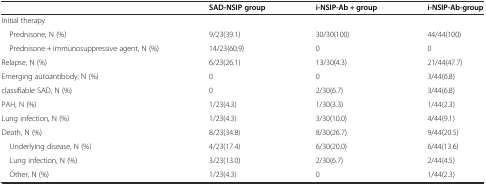
<table><thead><tr><td></td><td><b>SAD-NSIP group</b></td><td><b>i-NSIP-Ab + group</b></td><td><b>i-NSIP-Ab-group</b></td></tr></thead><tbody><tr><td>Initial therapy</td><td></td><td></td><td></td></tr><tr><td> Prednisone, N (%)</td><td>9/23(39.1)</td><td>30/30(100)</td><td>44/44(100)</td></tr><tr><td> Prednisone + immunosuppressive agent, N (%)</td><td>14/23(60.9)</td><td>0</td><td>0</td></tr><tr><td>Relapse, N (%)</td><td>6/23(26.1)</td><td>13/30(4.3)</td><td>21/44(47.7)</td></tr><tr><td>Emerging autoantibody, N (%)</td><td>0</td><td>0</td><td>3/44(6.8)</td></tr><tr><td>classifiable SAD, N (%)</td><td>0</td><td>2/30(6.7)</td><td>3/44(6.8)</td></tr><tr><td>PAH, N (%)</td><td>1/23(4.3)</td><td>1/30(3.3)</td><td>1/44(2.3)</td></tr><tr><td>Lung infection, N (%)</td><td>1/23(4.3)</td><td>3/30(10.0)</td><td>4/44(9.1)</td></tr><tr><td>Death, N (%)</td><td>8/23(34.8)</td><td>8/30(26.7)</td><td>9/44(20.5)</td></tr><tr><td> Underlying disease, N (%)</td><td>4/23(17.4)</td><td>6/30(20.0)</td><td>6/44(13.6)</td></tr><tr><td> Lung infection, N (%)</td><td>3/23(13.0)</td><td>2/30(6.7)</td><td>2/44(4.5)</td></tr><tr><td> Other, N (%)</td><td>1/23(4.3)</td><td>0</td><td>1/44(2.3)</td></tr></tbody></table>